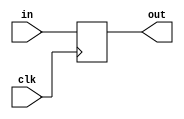

module Program_Counter(clk, in, out);

input wire[0:0] clk;
input wire[31:0] in;
output wire[31:0] out;

reg [31:0] internal_reg = 0;

always @(posedge clk) begin

internal_reg = in;

end

assign out = internal_reg;

endmodule